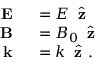
\begin{array} { r l } { \textbf { E } } & { { } = E \, \hat { \textbf { z } } } \\ { \textbf { B } } & { { } = B _ { 0 } \, \hat { \textbf { z } } } \\ { \textbf { k } } & { { } = k \, \hat { \textbf { z } } . } \end{array}